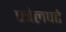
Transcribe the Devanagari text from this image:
फोलपटे